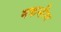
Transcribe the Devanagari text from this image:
मकसीम